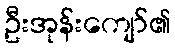
ဦးအုန်းကျော်၏